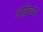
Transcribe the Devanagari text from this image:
अग्निच्या